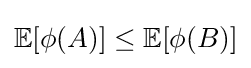
\mathbb {E} [\phi (A)]\leq \mathbb {E} [\phi (B)]